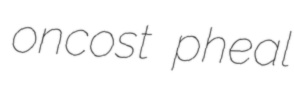
oncost pheal